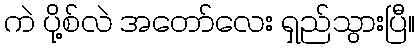
ကဲ ပို့စ်လဲ အတော်လေး ရှည်သွားပြီ။